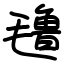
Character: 氇